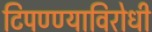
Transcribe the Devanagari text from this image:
टिपण्ण्याविरोधी